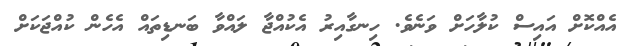
އެއްކޮށް އައިސް ކުލާހަށް ވަނެވެ. ހިނގާއިރު އެކުއްޖާ ލައްވާ ބަނޑިތައް އެހެން ކުއްޖަކަށް